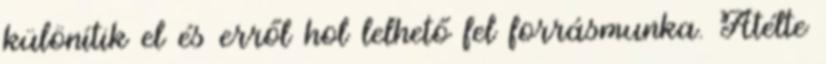
különítik el és erről hol lelhető fel forrásmunka. Átélte